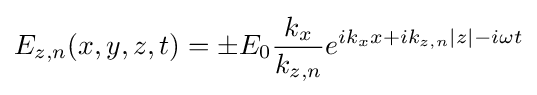
E_{z,n}(x,y,z,t)=\pm E_{0}{\frac {k_{x}}{k_{z,n}}}e^{ik_{x}x+ik_{z,n}|z|-i\omega t}